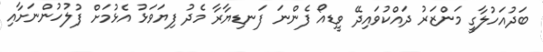
ބަދުއަހުލާގީ މަންޒަރު ދައްކުވައިދޭ ވީޑިއޯ ފެންނަ ފަނޑިޔާރާ މެދު ފިޔަވަޅު އެޅުމަށް ފުލުހުންނަށާއި